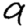
Digit: 9